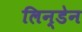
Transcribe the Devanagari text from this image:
लिन्डेन